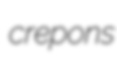
crepons